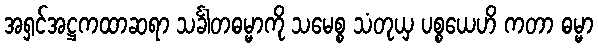
အရှင်အဋ္ဌကထာဆရာ သင်္ခါတဓမ္မာကို သမေစ္စ သံတုယှ ပစ္စယေဟိ ကတာ ဓမ္မာ